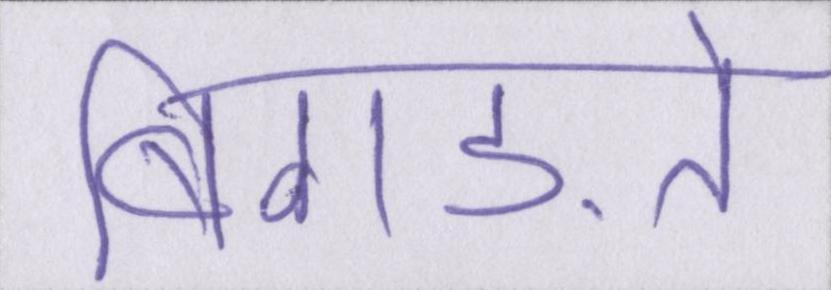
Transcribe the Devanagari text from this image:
बिगड़ते